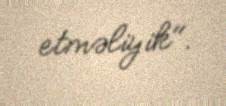
etməliyik".